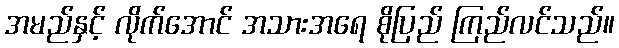
အမည်နှင့် လိုက်အောင် အသားအရေ စိုပြည် ကြည်လင်သည်။